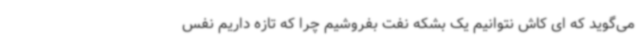
می‌گوید که ای کاش نتوانیم یک بشکه نفت بفروشیم چرا که تازه داریم نفس